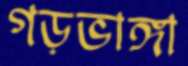
গড়ভাঙ্গা